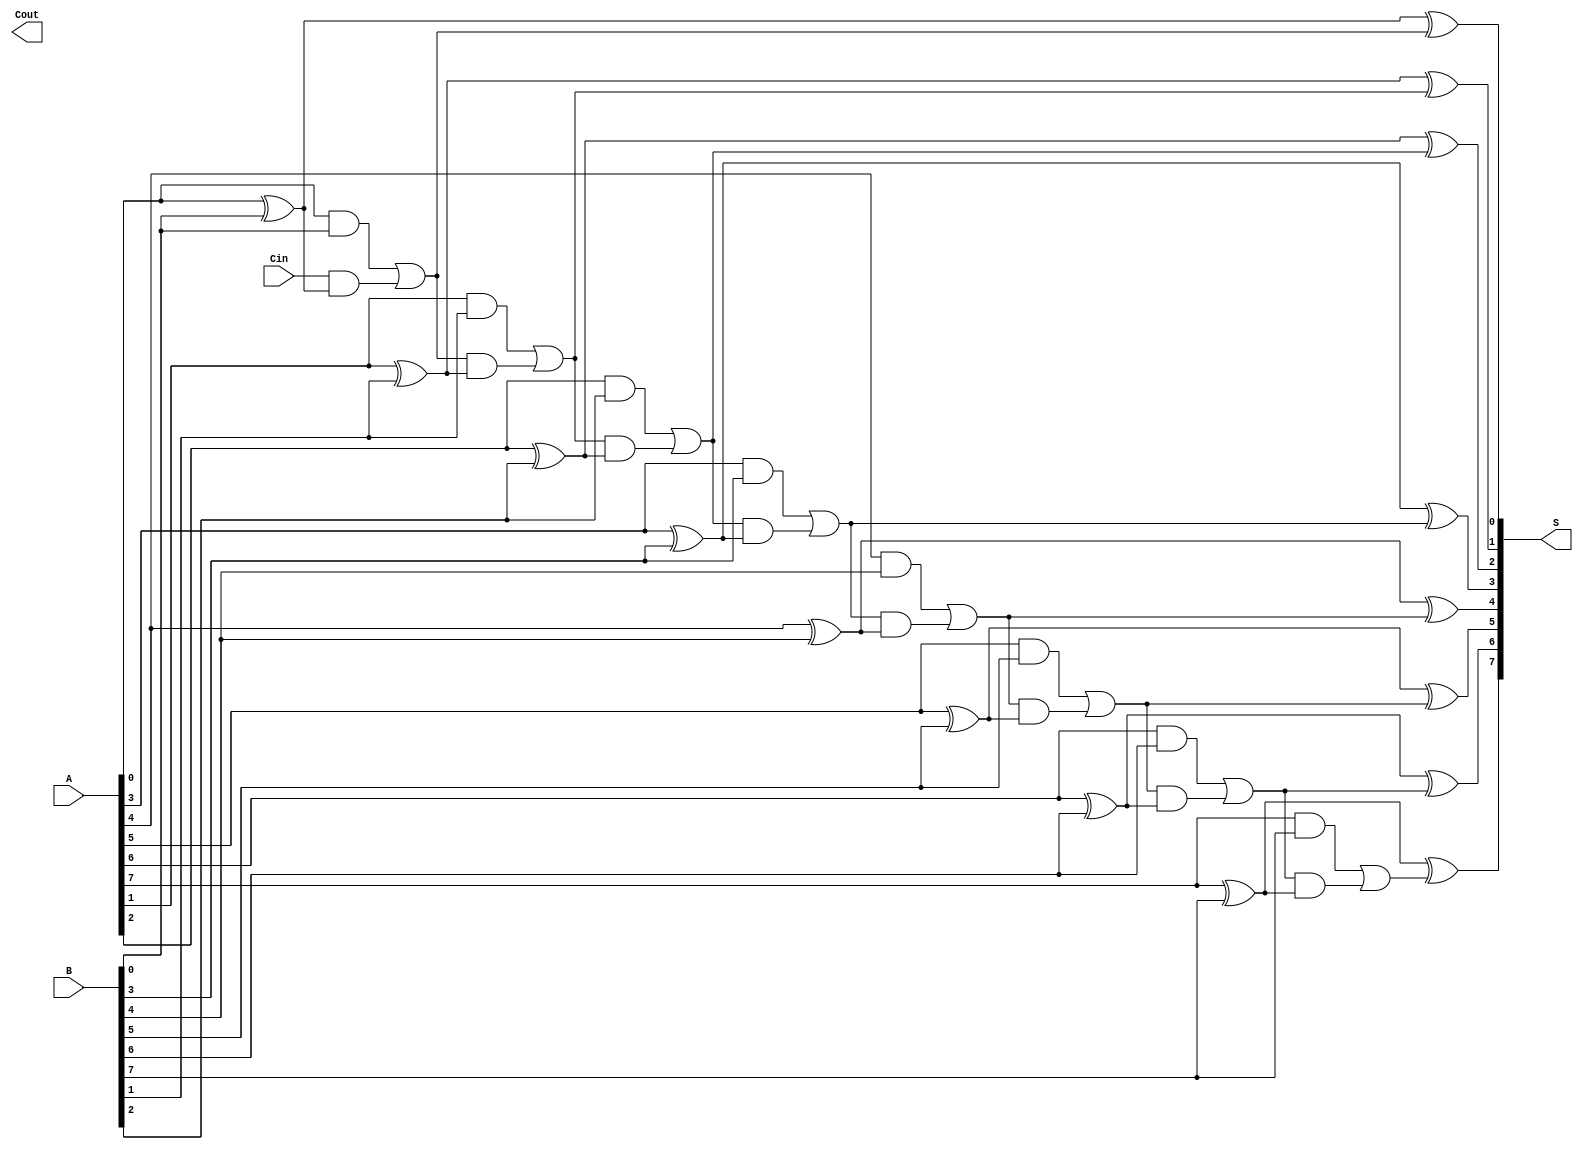
module ManchesterCarryChainAdder #(
    parameter WIDTH = 8   // Parameter to define the width of the adder
)(
    input  wire [WIDTH-1:0] A,    // First operand
    input  wire [WIDTH-1:0] B,    // Second operand
    input  wire               Cin,  // Carry-in
    output wire [WIDTH-1:0] S,     // Sum output
    output wire               Cout   // Carry-out
);

    wire [WIDTH:0] C;  // Carry wires, C[0] is the carry-in, C[WIDTH] is the final carry-out

    // First phase: Carry generation
    generate
        genvar i;
        for (i = 0; i < WIDTH; i = i + 1) begin : carry_generation
            if (i == 0) begin
                assign C[i] = (A[i] & B[i]) | (Cin & (A[i] ^ B[i]));
            end else begin
                assign C[i] = (A[i] & B[i]) | (C[i-1] & (A[i] ^ B[i]));
            end
        end
    endgenerate

    // Final carry-out
    assign Cout = C[WIDTH];

    // Second phase: Sum computation
    generate
        for (i = 0; i < WIDTH; i = i + 1) begin : sum_computation
            assign S[i] = A[i] ^ B[i] ^ C[i];
        end
    endgenerate

endmodule